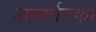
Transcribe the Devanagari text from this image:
अन्तर्गतका